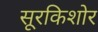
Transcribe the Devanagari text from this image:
सूरकिशोर